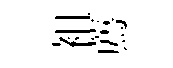
袓薦